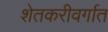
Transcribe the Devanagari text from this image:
शेतकरीवर्गात